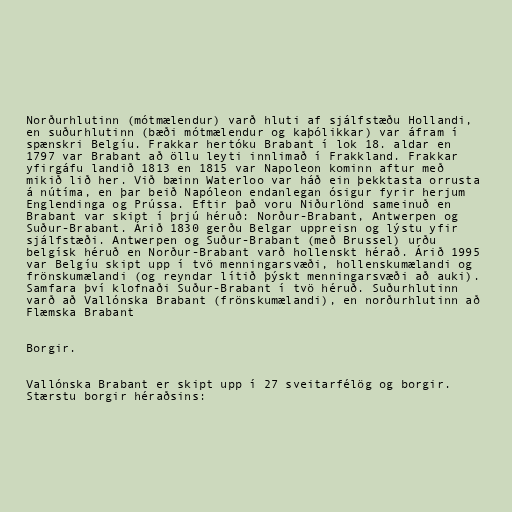
Norðurhlutinn (mótmælendur) varð hluti af sjálfstæðu Hollandi,
en suðurhlutinn (bæði mótmælendur og kaþólikkar) var áfram í
spænskri Belgíu. Frakkar hertóku Brabant í lok 18. aldar en
1797 var Brabant að öllu leyti innlimað í Frakkland. Frakkar
yfirgáfu landið 1813 en 1815 var Napoleon kominn aftur með
mikið lið her. Við bæinn Waterloo var háð ein þekktasta orrusta
á nútíma, en þar beið Napóleon endanlegan ósigur fyrir herjum
Englendinga og Prússa. Eftir það voru Niðurlönd sameinuð en
Brabant var skipt í þrjú héruð: Norður-Brabant, Antwerpen og
Suður-Brabant. Árið 1830 gerðu Belgar uppreisn og lýstu yfir
sjálfstæði. Antwerpen og Suður-Brabant (með Brussel) urðu
belgísk héruð en Norður-Brabant varð hollenskt hérað. Árið 1995
var Belgíu skipt upp í tvö menningarsvæði, hollenskumælandi og
frönskumælandi (og reyndar lítið þýskt menningarsvæði að auki).
Samfara því klofnaði Suður-Brabant í tvö héruð. Suðurhlutinn
varð að Vallónska Brabant (frönskumælandi), en norðurhlutinn að
Flæmska Brabant

Borgir.

Vallónska Brabant er skipt upp í 27 sveitarfélög og borgir.
Stærstu borgir héraðsins: